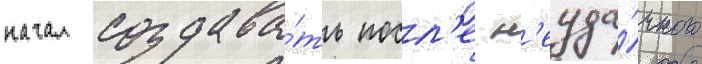
начал создава́ть посл'е н'еуда́чного